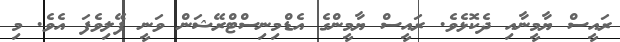
ރައީސް ޔާމީނާއި ދެކޮޅެވެ. ރައީސް ޔާމީންގެ އެޑްމިނިސްޓްރޭޝަން ވަނީ ފޭލިވެފަ އެވެ. މި